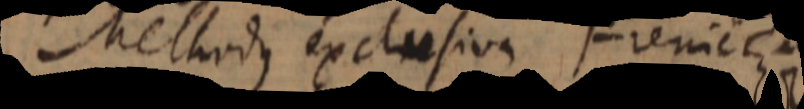
Methodus exclusiva Fren